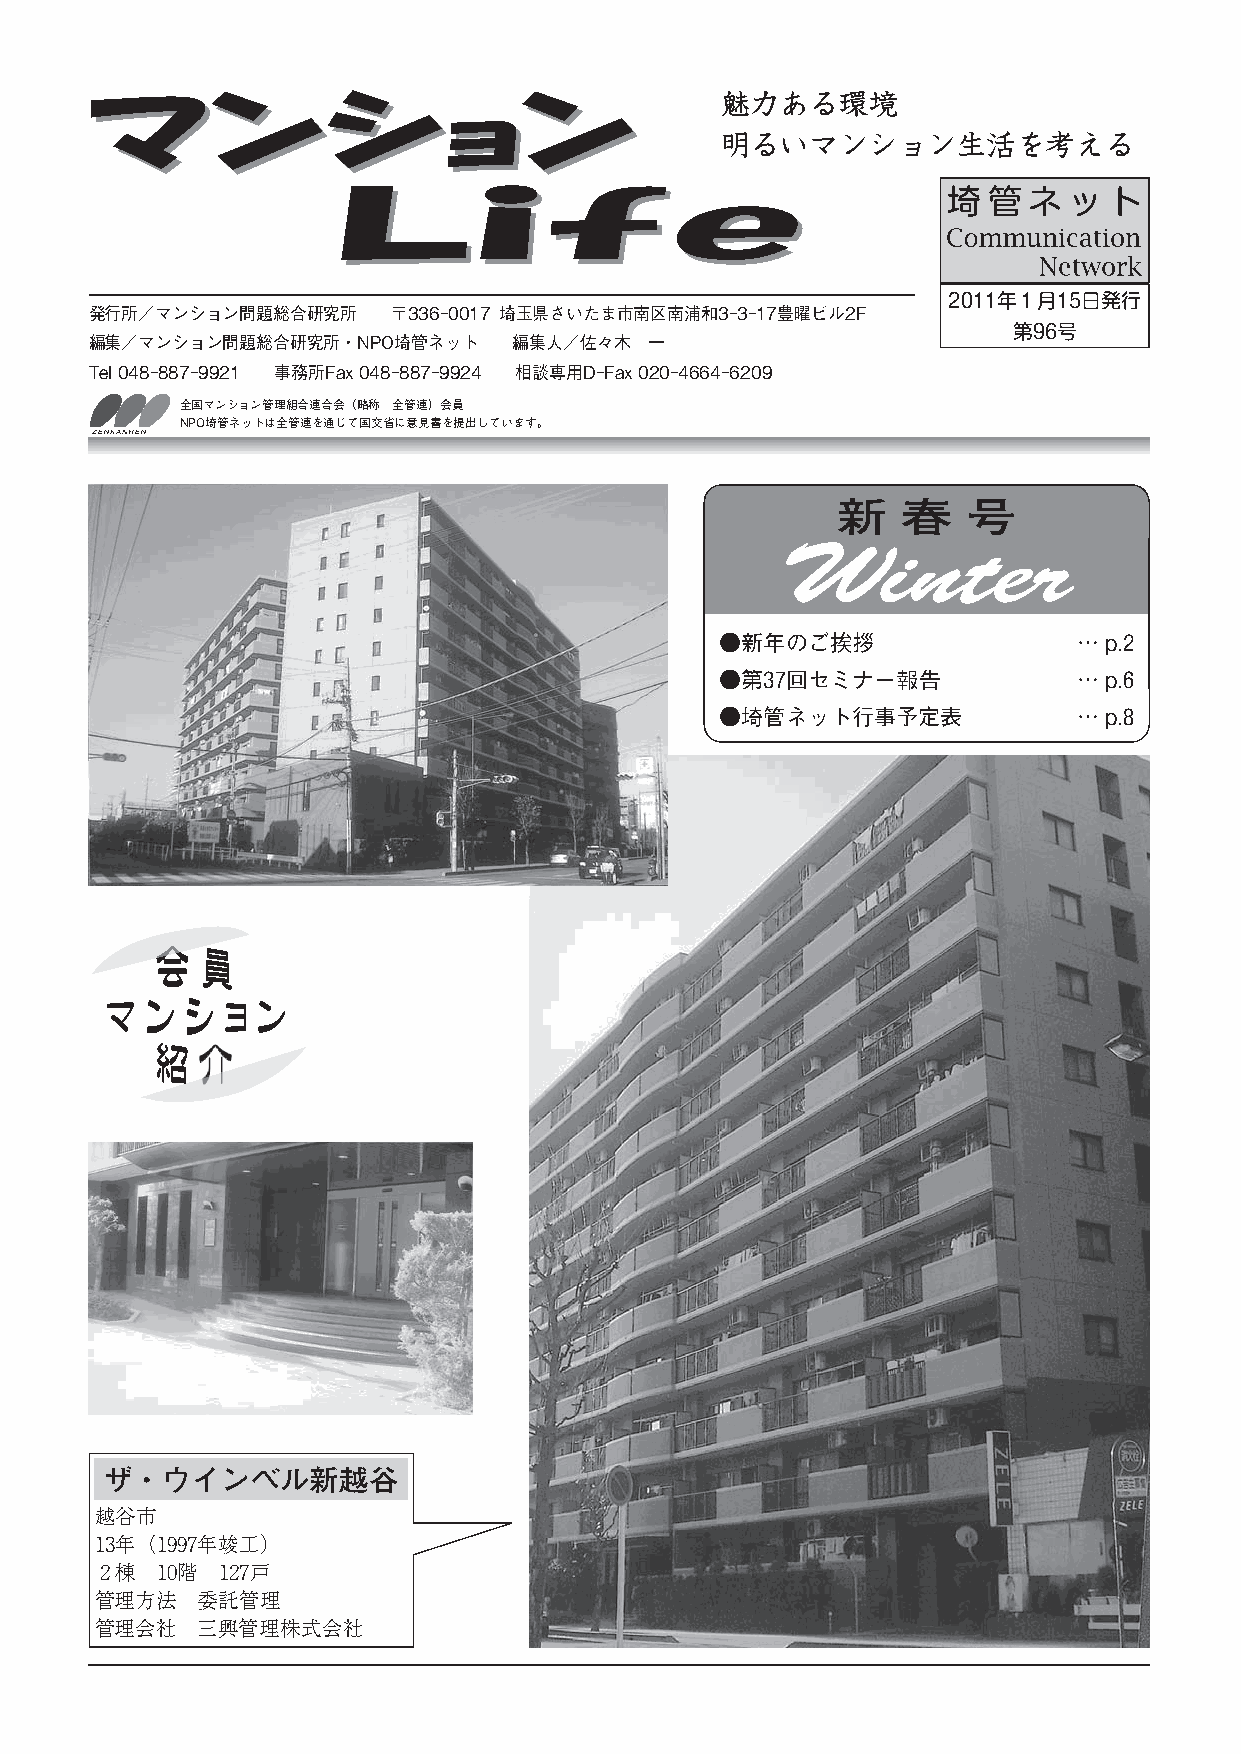
ママンンシショョンン                                魅力ある環境
 明るいマンション生活を考える
 LLiiffee
 埼 管  ネ  ッ ト
 2011年1月15日発行
 発行所／マンション問題総合研究所    〒336-0017 埼玉県さいたま市南区南浦和3-3-17豊曜ビル2F
 第96号
 編集／マンション問題総合研究所・NPO埼管ネット    編集人／佐々木  一
 Tel 048-887-9921 事務所Fax 048-887-9924 相談専用D-Fax 020-4664-6209
 全国マンション管理組合連合会（略称 全管連）会員
 NPO埼管ネットは全管連を通じて国交省に意見書を提出しています。
 新    春   号
 Winter
 ●新年のご挨拶                …p.2
 ●第37回セミナー報告            …p.6
 ●埼管ネット行事予定表            …p.8
 ザ・ウインベル新越谷
 越谷市
 １３年（１９９７年竣工）
 ２棟 １０階 １２７戸
 管理方法   委託管理
 管理会社   三興管理株式会社